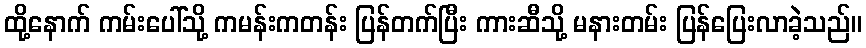
ထို့နောက် ကမ်းပေါ်သို့ ကမန်းကတန်း ပြန်တက်ပြီး ကားဆီသို့ မနားတမ်း ပြန်ပြေးလာခဲ့သည်။